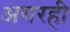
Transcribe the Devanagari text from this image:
अगरही